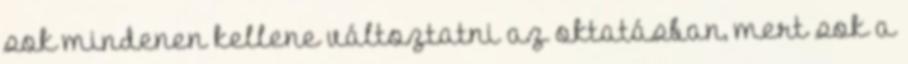
sok mindenen kellene változtatni az oktatásban, mert sok a